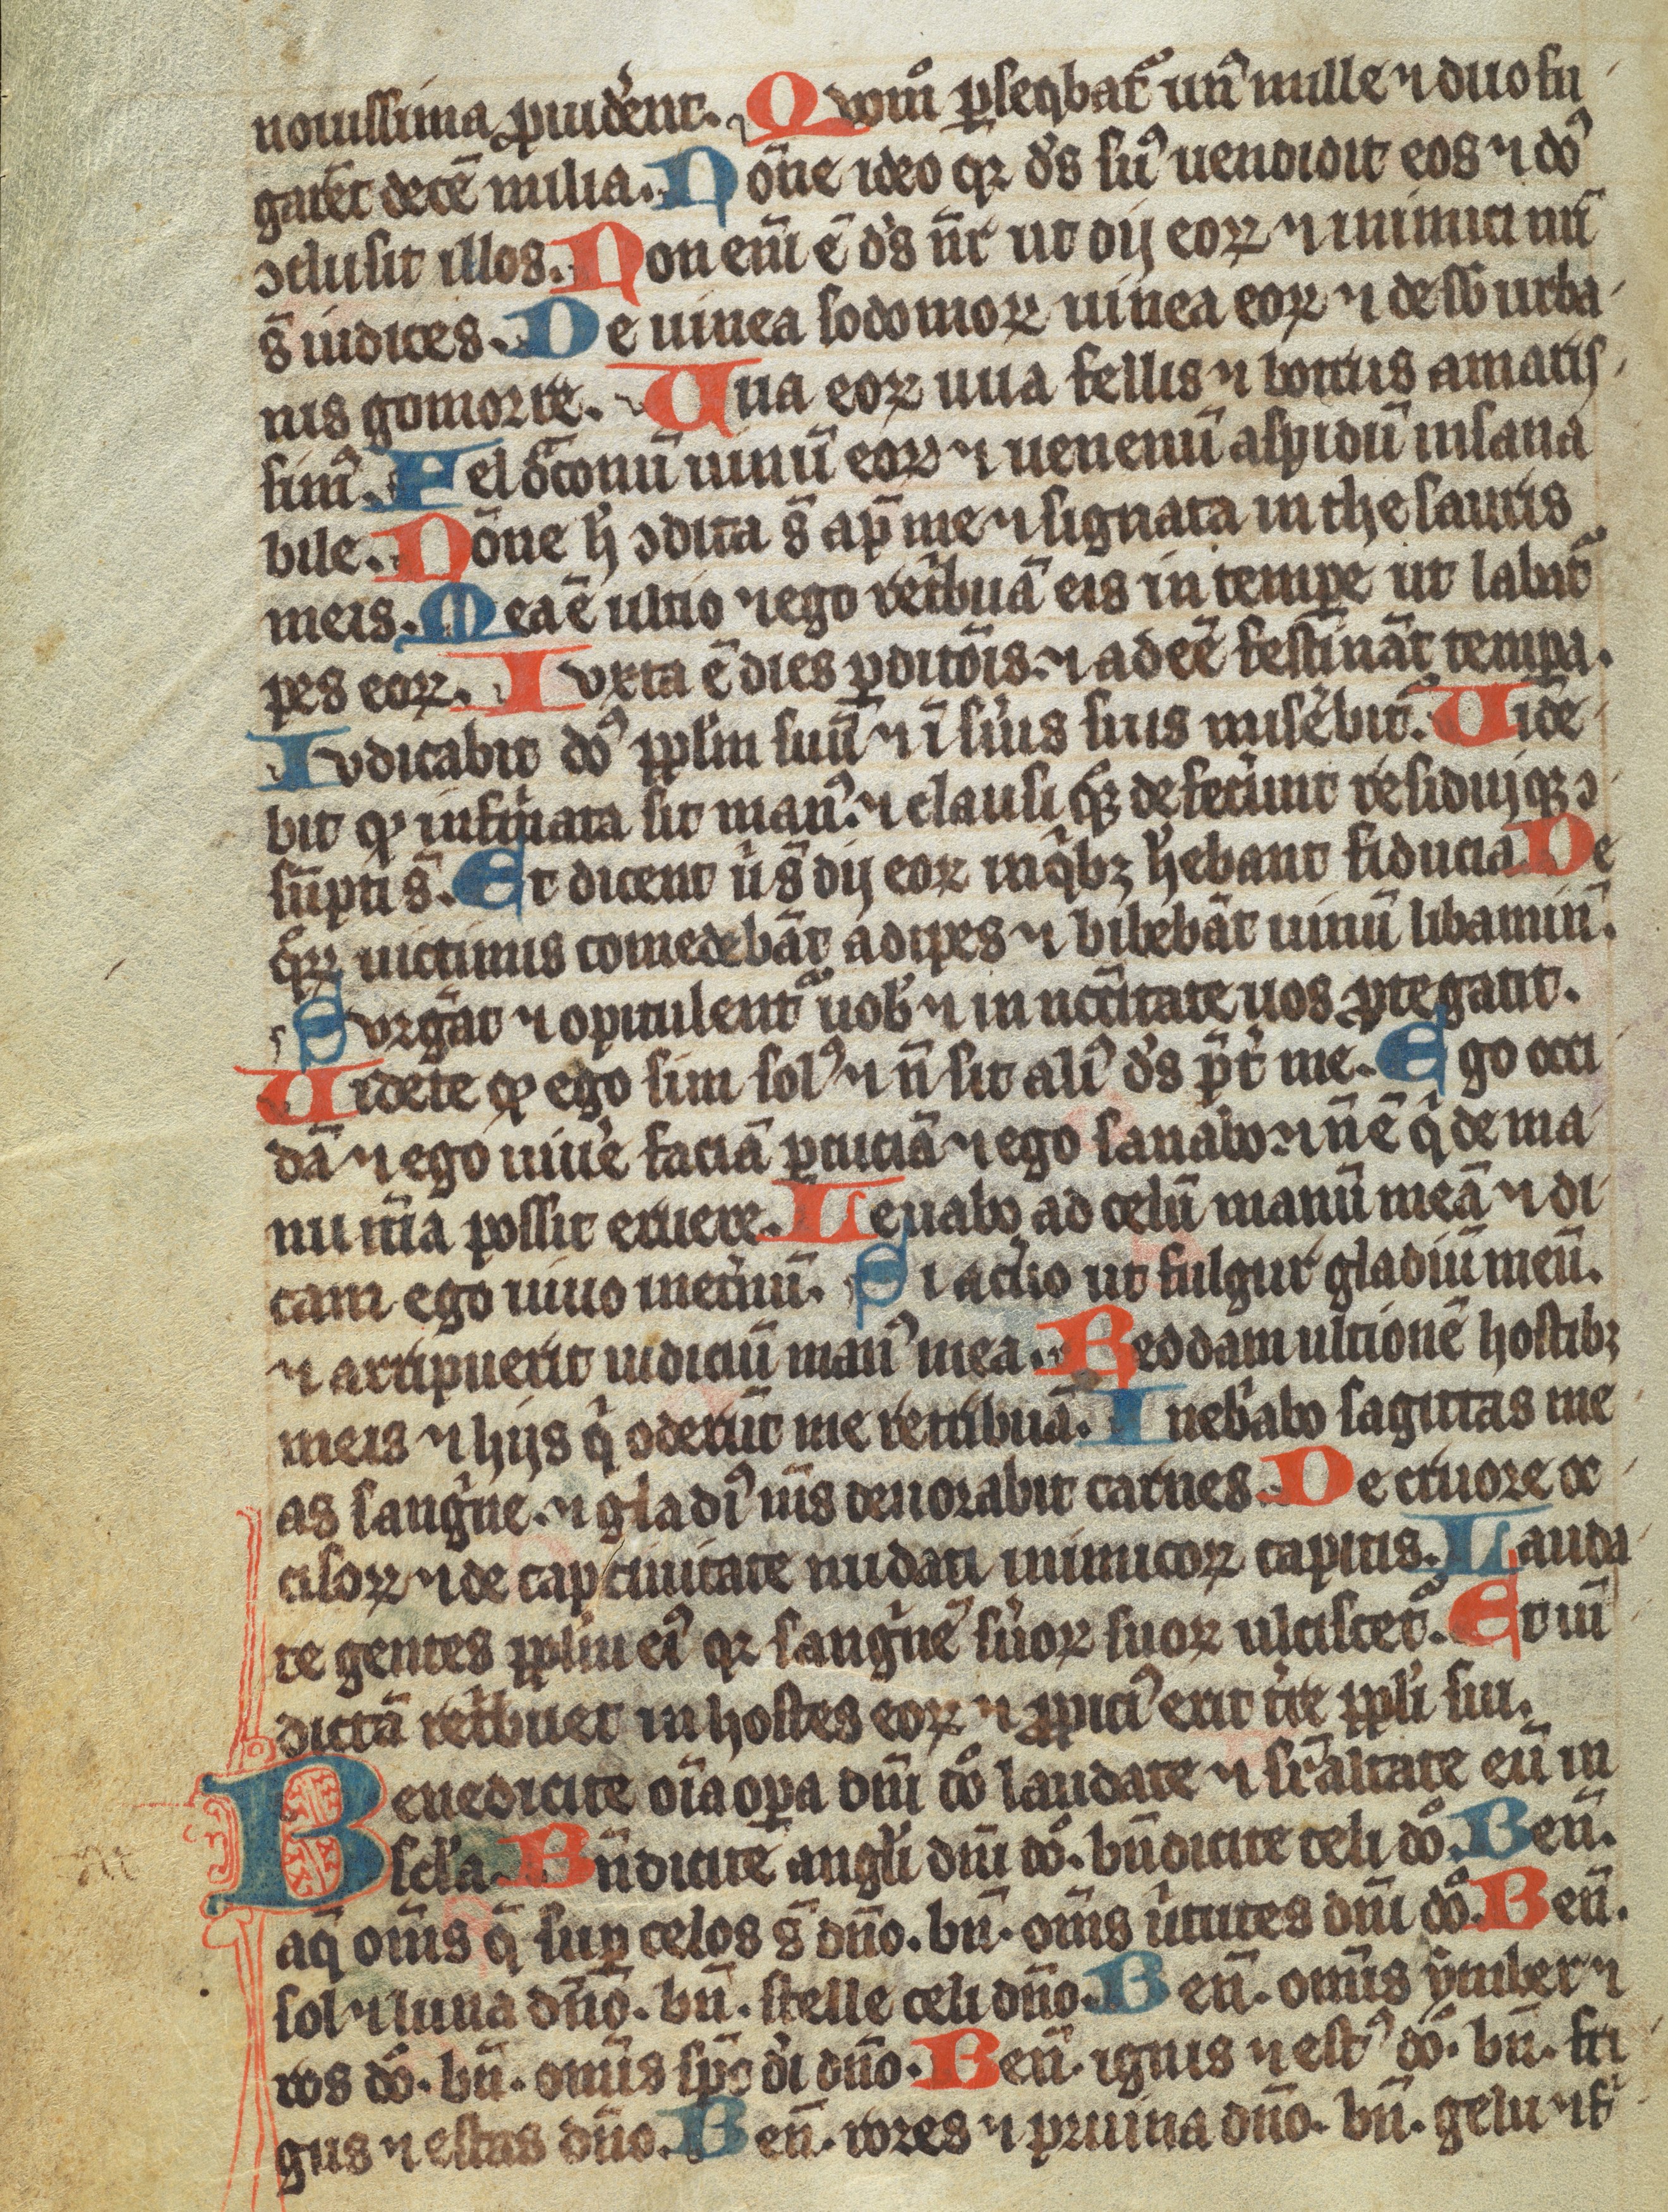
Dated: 1350–1399